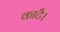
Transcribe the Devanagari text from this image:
काटै।